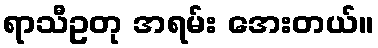
ရာသီဥတု အရမ်း အေးတယ်။